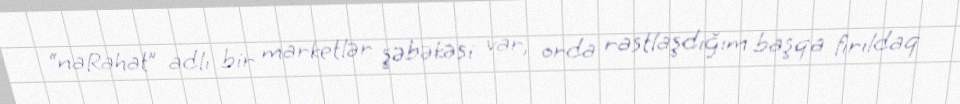
“naRahat” adlı bir marketlər şəbəkəsi var, orda rastlaşdığım başqa fırıldaq